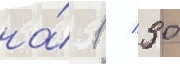
на́ 1 / 30